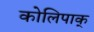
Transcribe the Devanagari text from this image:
कोलिपाक्